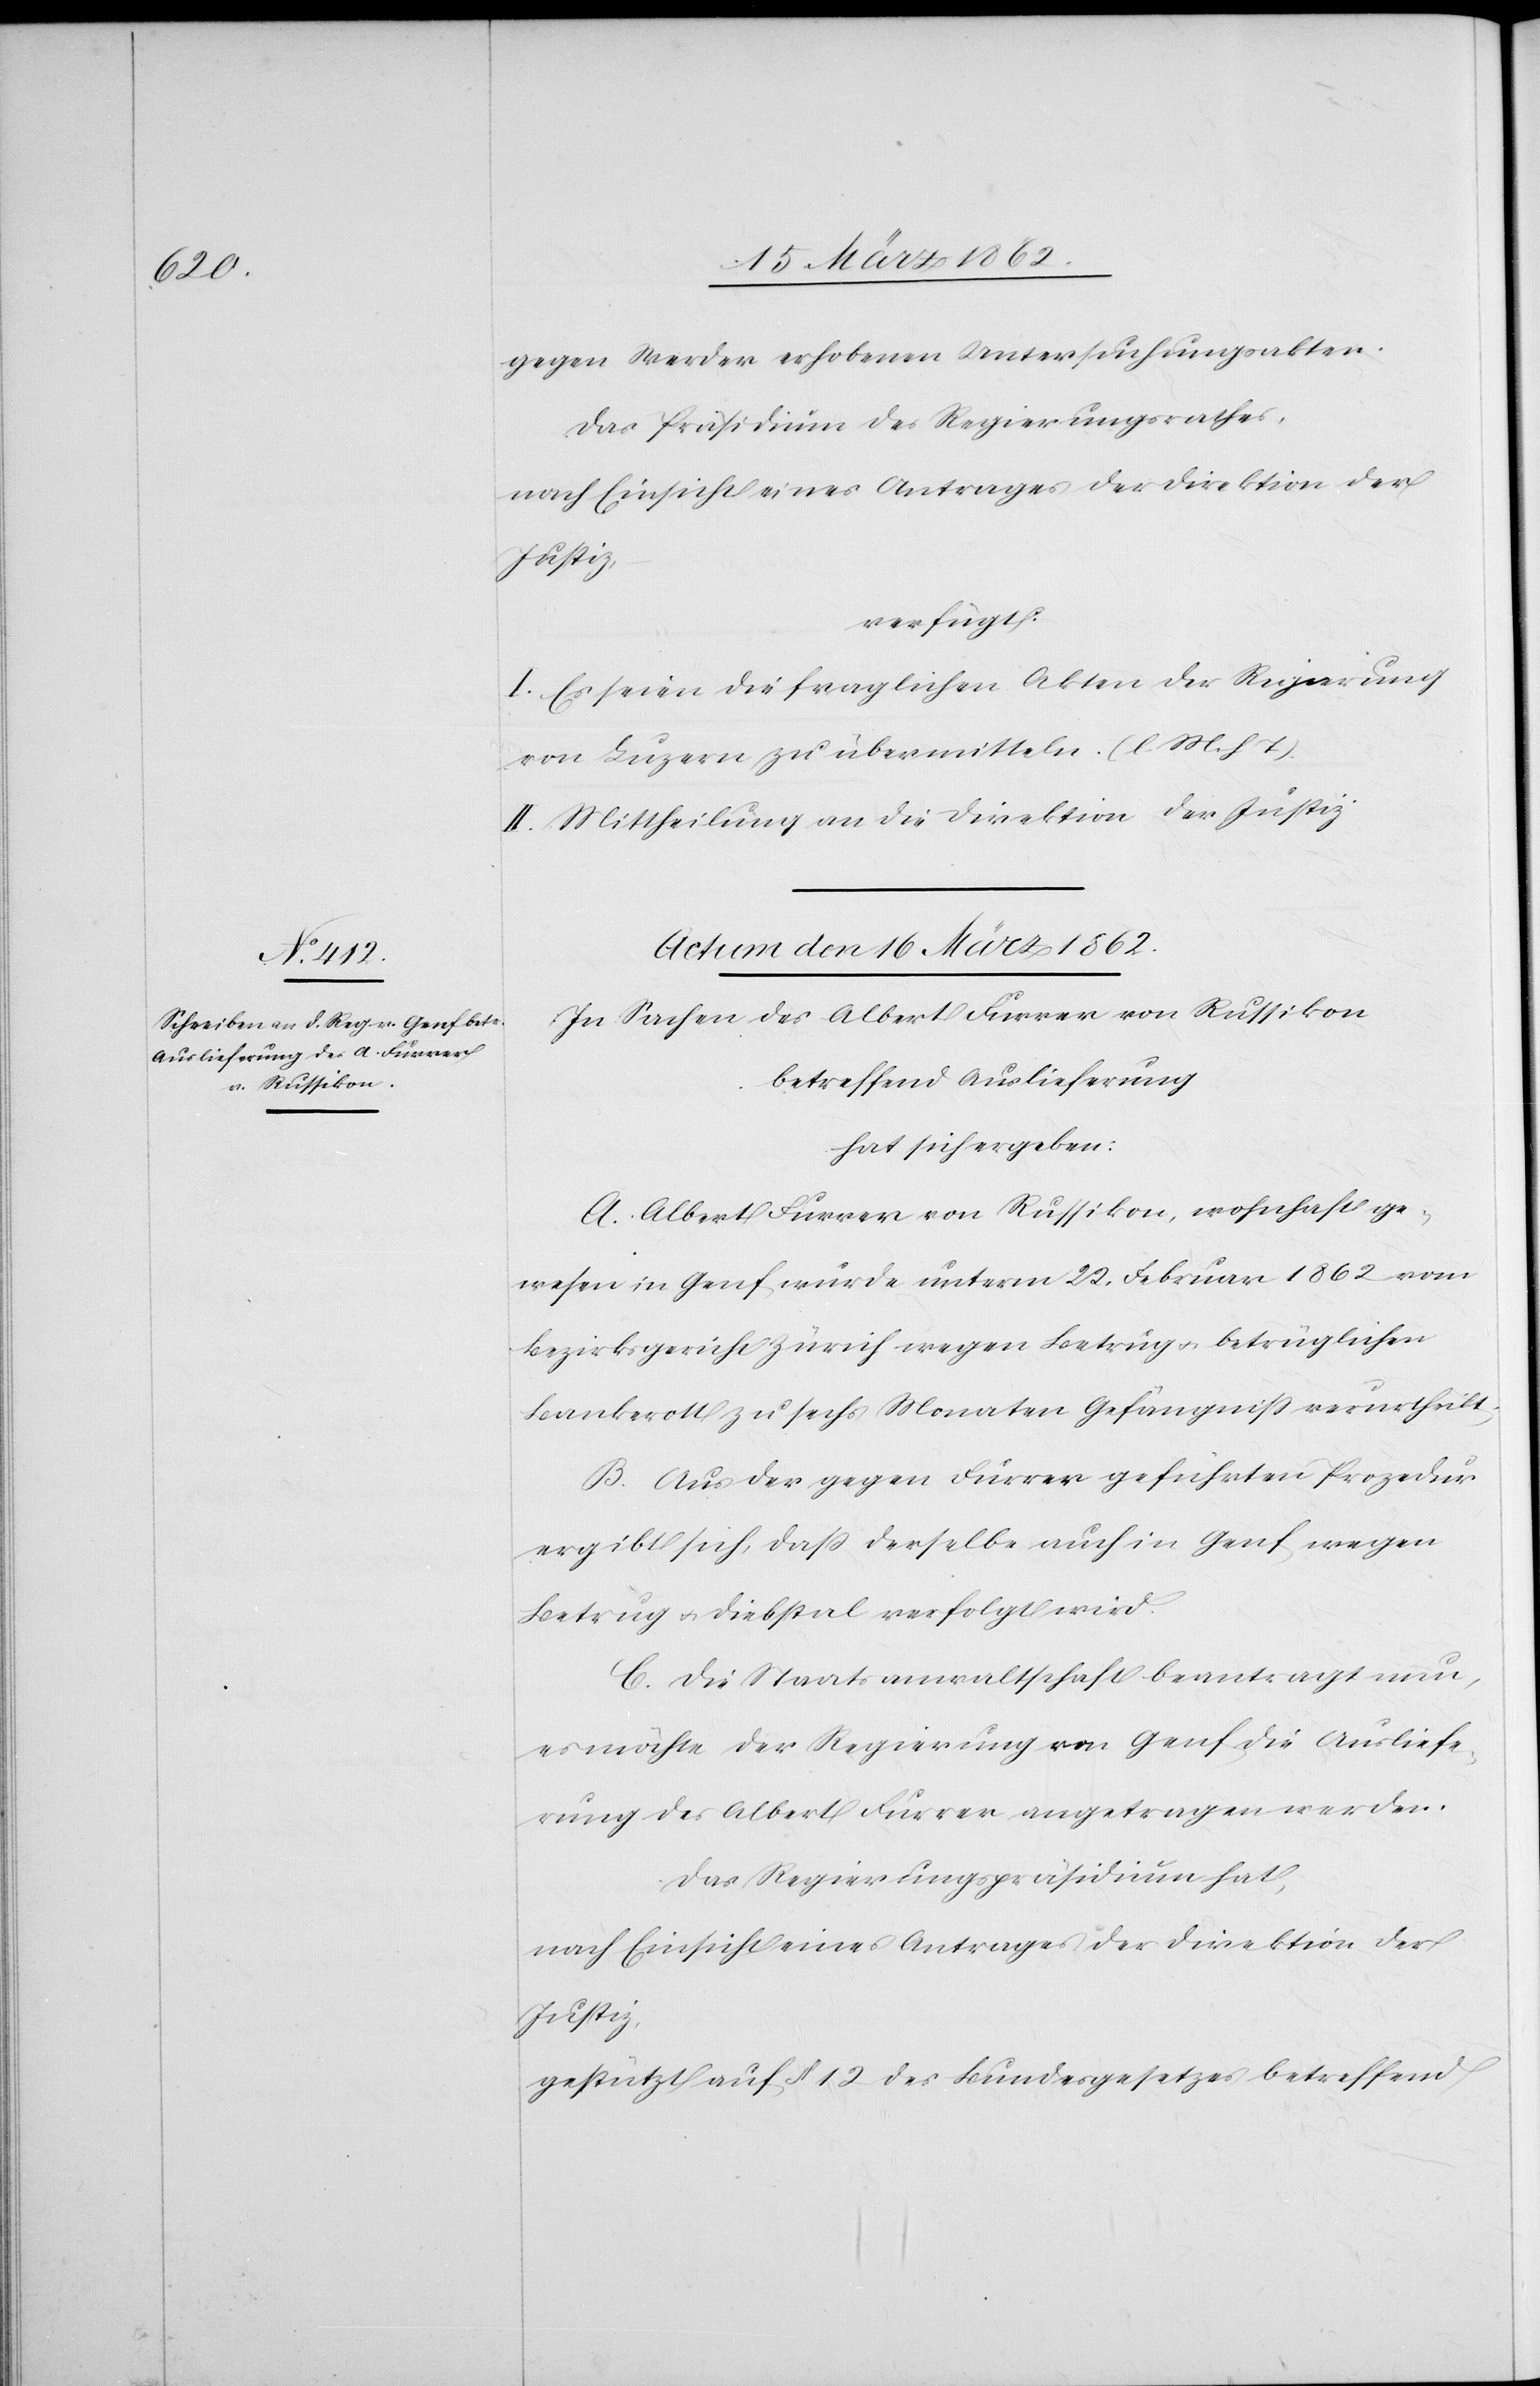
gegen Werder erhobenen Untersuchungsakten.
Das Präsidium des Regierungsrathes,
verfügt:
I. Es seien die fraglichen Akten der Regierung
von Luzern zu übermitteln. (l. M. h T)
II. Mittheilung an die Direktion der Justiz.
Actum den 16 März 1862.
In Sachen des Albert Furrer von Russikon
betreffend Auslieferung
hat sich ergeben:
A. Albert Furrer von Russikon, wohnhaft ge¬
wesen in Genf, wurde unterm 22. Februar 1862 vom
Bezirksgericht Zürich wegen Betrug u. betrüglichen
Bankerott zu sechs Monaten Gefängniß verurtheilt;
B. Aus der gegen Furrer geführten Prozedur
ergibt sich, daß derselbe auch in Genf wegen
Betrug u. Diebstal verfolgt wird.
C. Die Staatsanwaltschaft beantragt nun,
es möchte der Regierung von Genf die Ausliefe¬
rung des Albert Furrer angetragen werden.
Das Regierungspräsidium hat,
nach Einsicht eines Antrages der Direktion der
Justiz,
gestützt auf § 12 des Bundesgesetzes betreffend